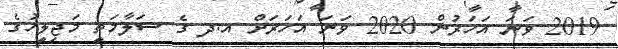
2019 ވަނަ އަހަރުން 2020 ވަނަ އަހަރަށް އ.ދ ގެ ސަލާމަތީ މަޖިލީހުގެ